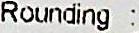
ROUNDING :